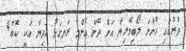
ދުރުގައި ހުންނަ ލޯބިވެރިޔާ އަށް ދޭން އެންމެ ރަނގަޅު ހަދިޔާ އަކީ ކޮބާ4